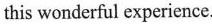
this wonderful experience.